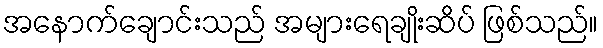
အနောက်ချောင်းသည် အများရေချိုးဆိပ် ဖြစ်သည်။